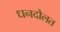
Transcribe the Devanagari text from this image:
धनदौलत